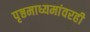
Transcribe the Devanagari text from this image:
पृष्ठमाध्यमांवरही